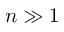
n \gg 1